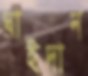
ঘাইদান